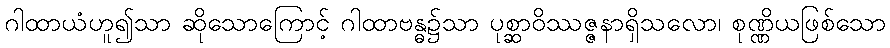
ဂါထာယံဟူ၍သာ ဆိုသောကြောင့် ဂါထာဗန္ဓ၌သာ ပုစ္ဆာဝိဿဇ္ဇနာရှိသလော၊ စုဏ္ဏိယဖြစ်သော